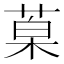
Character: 𮏦